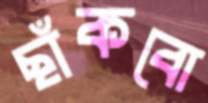
ছাঁকবো